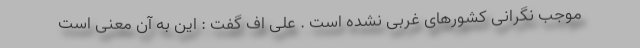
موجب نگرانی کشورهای غربی نشده است . علی اف گفت : این به آن معنی است